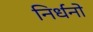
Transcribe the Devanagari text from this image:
निर्धनो